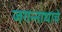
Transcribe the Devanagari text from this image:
जगन्‍नाथाचे